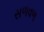
સળવળ